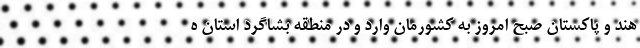
هند و پاکستان صبح امروز به کشورمان وارد و در منطقه بشاگرد استان ه